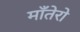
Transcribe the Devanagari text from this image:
माँतेरो